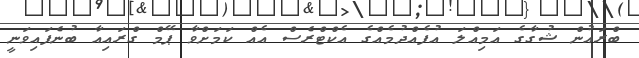
ބްރައުން ޝުގާގެ އަމިއްލަ އުފެއްދުމެއްގެ އެކްޓްރެސް އެއް ކަމަށްވާ ޕޭމް ގްރައިއާ ބުނެފައިވަނީ